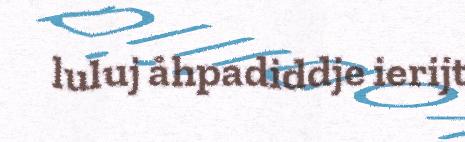
luluj åhpadiddje ierijt